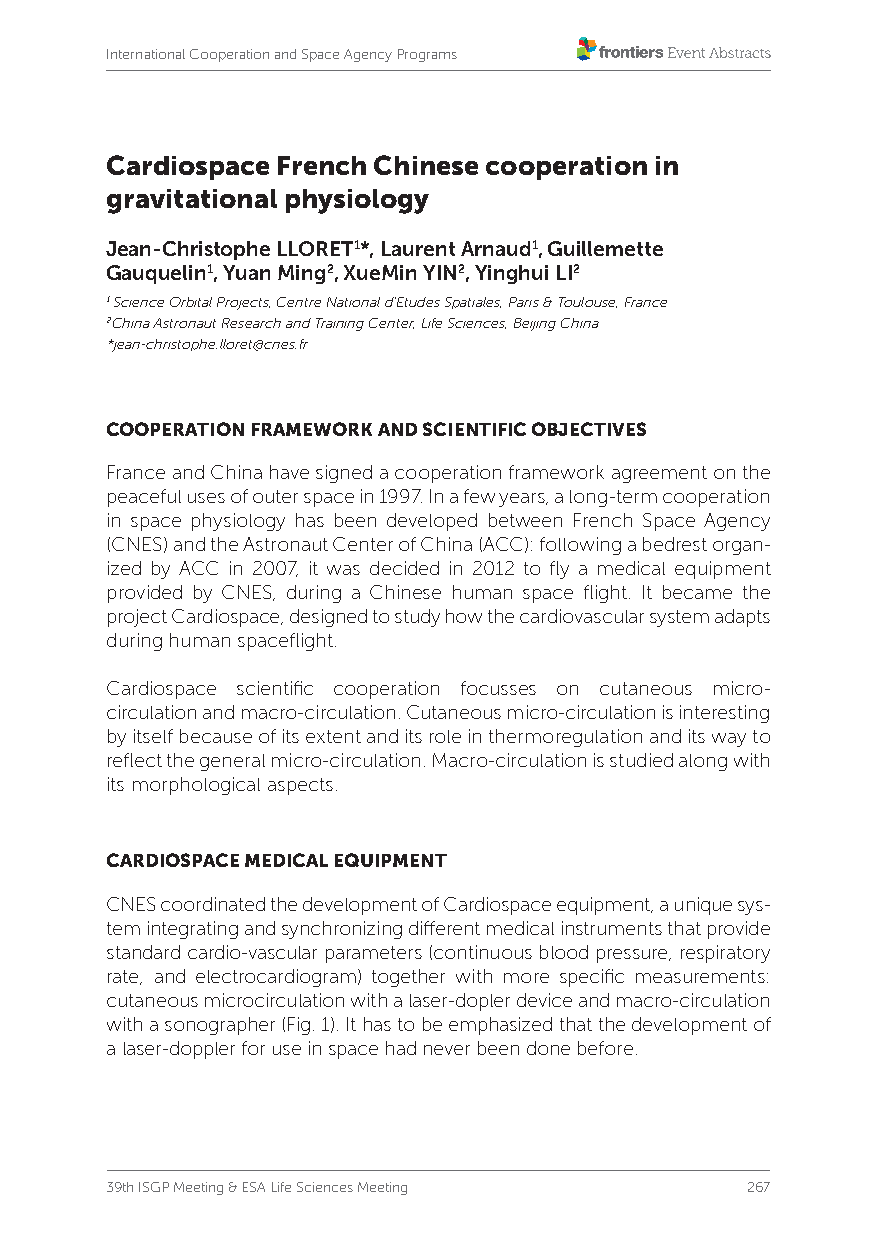
International Cooperation and Space Agency Programs
 Cardiospace French Chinese cooperation in
 gravitational physiology
 Jean-Christophe LLORET1*, Laurent Arnaud1, Guillemette
 Gauquelin1, Yuan Ming2, XueMin YIN2, Yinghui LI2
 1 Science Orbital Projects, Centre National d’Etudes Spatiales, Paris & Toulouse, France
 2China Astronaut Research and Training Center, Life Sciences, Beijing China
 *jean-christophe.lloret@cnes.fr
 COOPERATION FRAMEWORK AND SCIENTIFIC OBJECTIVES
 France and China have signed a cooperation framework agreement on the
 peaceful uses of outer space in 1997. In a few years, a long-term cooperation
 in space physiology has been developed between French Space Agency
 (CNES) and the Astronaut Center of China (ACC): following a bedrest organ-
 ized by ACC in 2007, it was decided in 2012 to fly a medical equipment
 provided by CNES, during a Chinese human space flight. It became the
 project Cardiospace, designed to study how the cardiovascular system adapts
 during human spaceflight.
 Cardiospace scientific cooperation focusses on cutaneous micro-
 circulation and macro-circulation. Cutaneous micro-circulation is interesting
 by itself because of its extent and its role in thermoregulation and its way to
 reflect the general micro-circulation. Macro-circulation is studied along with
 its morphological aspects.
 CARDIOSPACE MEDICAL EQUIPMENT
 CNES coordinated the development of Cardiospace equipment, a unique sys-
 tem integrating and synchronizing different medical instruments that provide
 standard cardio-vascular parameters (continuous blood pressure, respiratory
 rate, and electrocardiogram) together with more specific measurements:
 cutaneous microcirculation with a laser-dopler device and macro-circulation
 with a sonographer (Fig. 1). It has to be emphasized that the development of
 a laser-doppler for use in space had never been done before.
 39th ISGP Meeting & ESA Life Sciences Meeting 267